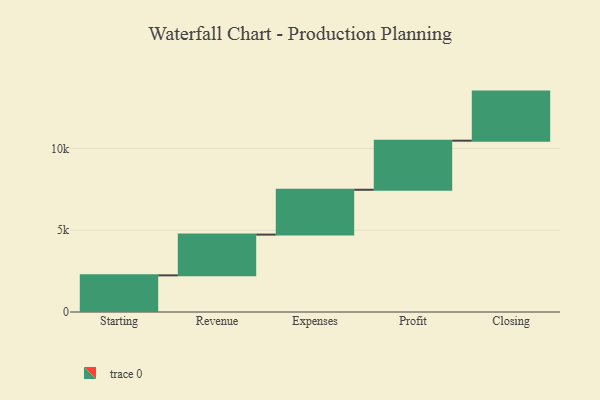
{"axis": {"x": "Step", "y": "Value"}, "legend": [""], "data": [{"x": "Starting", "y": 2240.0, "type": ""}, {"x": "Revenue", "y": 2490.0, "type": ""}, {"x": "Expenses", "y": 2741.0, "type": ""}, {"x": "Profit", "y": 3000, "type": ""}, {"x": "Closing", "y": 3000, "type": ""}]}